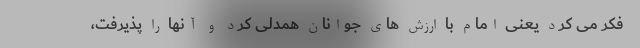
فکر می کرد یعنی امام با ارزش های جوانان همدلی کرد و آنها را پذیرفت،